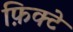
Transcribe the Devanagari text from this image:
फ़िक्टे